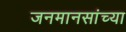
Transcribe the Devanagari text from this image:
जनमानसांच्या